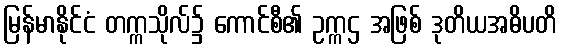
မြန်မာနိုင်ငံ တက္ကသိုလ်၌ ကောင်စီ၏ ဥက္ကဌ အဖြစ် ဒုတိယအဓိပတိ